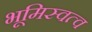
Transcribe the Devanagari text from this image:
भूमिस्वत्व